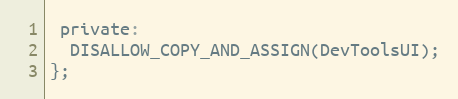
Language: C
 private:
  DISALLOW_COPY_AND_ASSIGN(DevToolsUI);
};